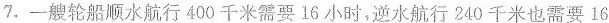
7.一艘轮船顺水航行400千米需要16小时，逆水航行240千米也需要16